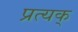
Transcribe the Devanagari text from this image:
प्रत्यक्